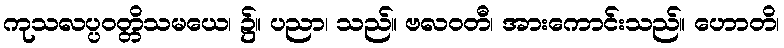
ကုသလပ္ပဝတ္တိသမယေ၊ ၌။ ပညာ၊ သည်။ ဗလဝတီ၊ အားကောင်းသည်။ ဟောတိ၊